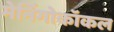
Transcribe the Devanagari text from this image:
मेनिंगोकॉकल